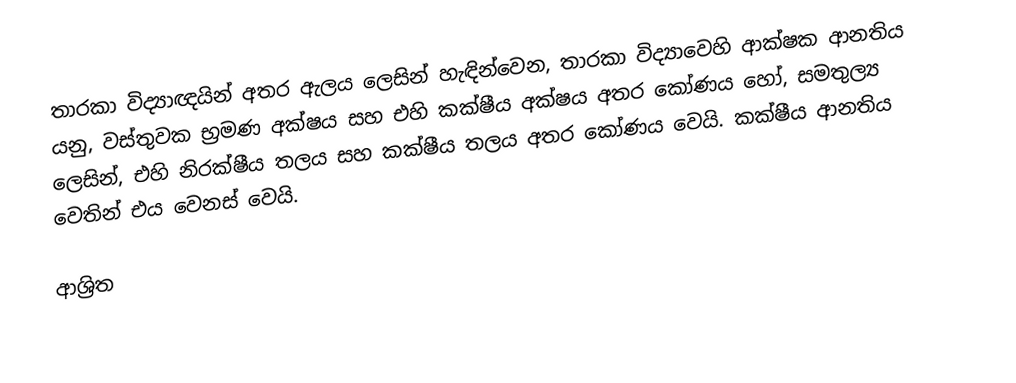
තාරකා විද්‍යාඥයින් අතර ඇලය ලෙසින් හැඳින්වෙන, තාරකා විද්‍යාවෙහි  ආක්ෂක ආනතිය යනු, වස්තුවක  භ්‍රමණ අක්ෂය සහ එහි කක්ෂීය අක්ෂය අතර කෝණය හෝ, සමතුල්‍ය ලෙසින්, එහි  නිරක්ෂීය තලය සහ  කක්ෂීය තලය අතර කෝණය වෙයි. කක්ෂීය ආනතිය වෙතින් එය වෙනස් වෙයි.

ආශ්‍රිත